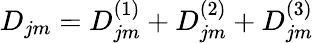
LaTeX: D_{jm}=D_{jm}^{(1)}+D_{jm}^{(2)}+D_{jm}^{(3)}